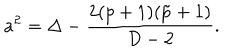
LaTeX: a ^ { 2 } = \Delta - { \frac { 2 ( p + 1 ) ( \tilde { p } + 1 ) } { D - 2 } } .